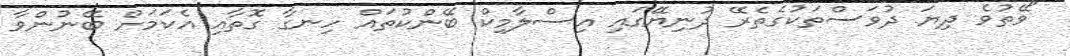
"ވޭތުވެ ދިޔަ ދުވަސްތަކުގެތެރޭ ދުނިޔޭގައި އިސްލާމިކް ބޭންކުތައް ހިނގާ ގޮތާއި އެކަމަށް ބޭނުންވާ